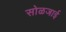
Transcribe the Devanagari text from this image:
सोळजाई